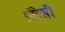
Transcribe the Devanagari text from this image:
प्रोटेसी